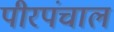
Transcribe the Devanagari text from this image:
पीरपंचाल